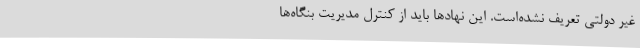
غیر دولتی تعریف نشده‌است. این نهاد‌ها باید از کنترل مدیریت بنگاه‌ها